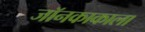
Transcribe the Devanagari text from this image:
जॉनकाकाला